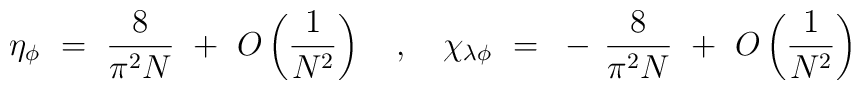
\eta_\phi ~=~ \frac{8}{\pi^2N} ~+~ O\left( \frac{1}{N^2} \right) ~~~,~~~\chi_{\lambda\phi} ~=~ - \,  \frac{8}{\pi^2N} ~+~ O\left( \frac{1}{N^2} \right)